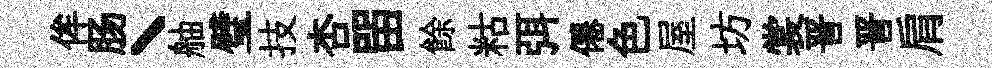
侔肠丶舳璧技杏㽞餘䊀弭僊色屋坊裳晋晋肩